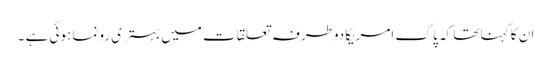
ان کا کہنا تھا کہ پا ک امریکادوطرفہ تعلقات میں بہتری رونما ہوئی ہے ۔